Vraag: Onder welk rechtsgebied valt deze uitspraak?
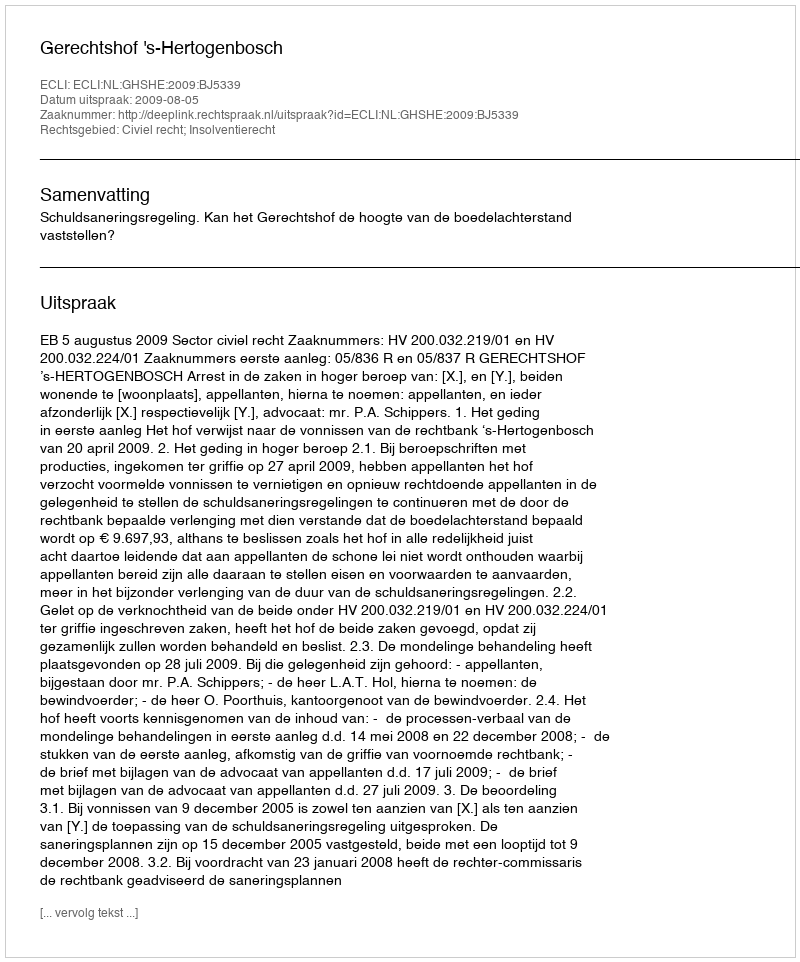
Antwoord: Civiel recht; Insolventierecht